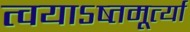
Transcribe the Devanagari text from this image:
त्वयाऽष्तमूर्त्या